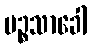
ပဉ္စသာခေါ